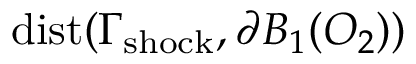
\mathrm { d i s t } ( \Gamma _ { \mathrm { { s h o c k } } } , \partial B _ { 1 } ( O _ { 2 } ) )